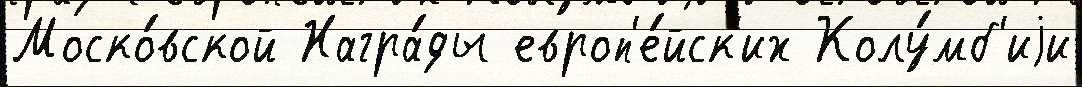
Моско́вской Награ́ды европ'е́йск'их Колу́мб'иjи